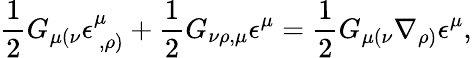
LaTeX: \frac{1}{2}G_{\mu(\nu}\epsilon_{~,\rho)}^{\mu}+\frac{1}{2}G_{\nu\rho,\mu}\epsilon^{\mu}=\frac{1}{2}G_{\mu(\nu}\nabla_{\rho)}\epsilon^{\mu},